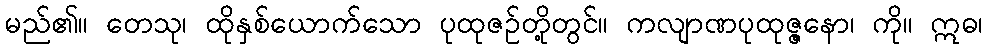
မည်၏။ တေသု၊ ထိုနှစ်ယောက်သော ပုထုဇဉ်တို့တွင်။ ကလျာဏပုထုဇ္ဇနော၊ ကို။ ဣဓ၊